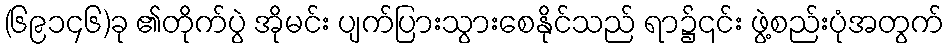
(၆၉၁၄၆)ခု ၏တိုက်ပွဲ အိုမင်း ပျက်ပြားသွားစေနိုင်သည် ရာ၌၎င်း ဖွဲ့စည်းပုံအတွက်